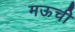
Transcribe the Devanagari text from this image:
मऊची